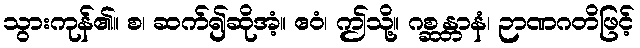
သွားကုန်၏။ စ၊ ဆက်၍ဆိုအံ့။ ဧဝံ၊ ဤသို့။ ဂစ္ဆန္တာနံ၊ ဉာဏဂတိဖြင့်